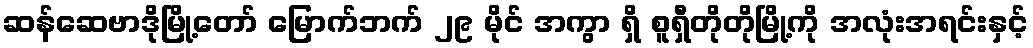
ဆန်ဆေဗာဒိုမြို့တော် မြောက်ဘက် ၂၉ မိုင် အကွာ ရှိ စူရှီတိုတိုမြို့ကို အလုံးအရင်းနှင့်